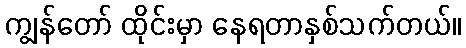
ကျွန်တော် ထိုင်းမှာ နေရတာနှစ်သက်တယ်။